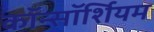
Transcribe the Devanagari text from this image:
कॉन्सॉर्शियम